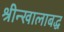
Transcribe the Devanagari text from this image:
श्रीन्खालाबद्ध